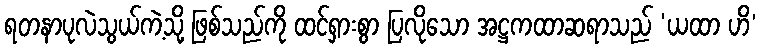
ရတနာပုလဲသွယ်ကဲ့သို့ ဖြစ်သည်ကို ထင်ရှားစွာ ပြလိုသော အဋ္ဌကထာဆရာသည် ‘ယထာ ဟိ’